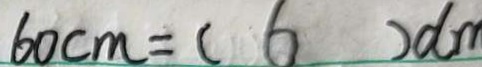
6 0 c m = ( 6 ) d m